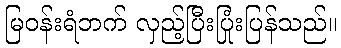
မြဝန်းရံဘက် လှည့်ပြီးပြုံးပြန်သည်။